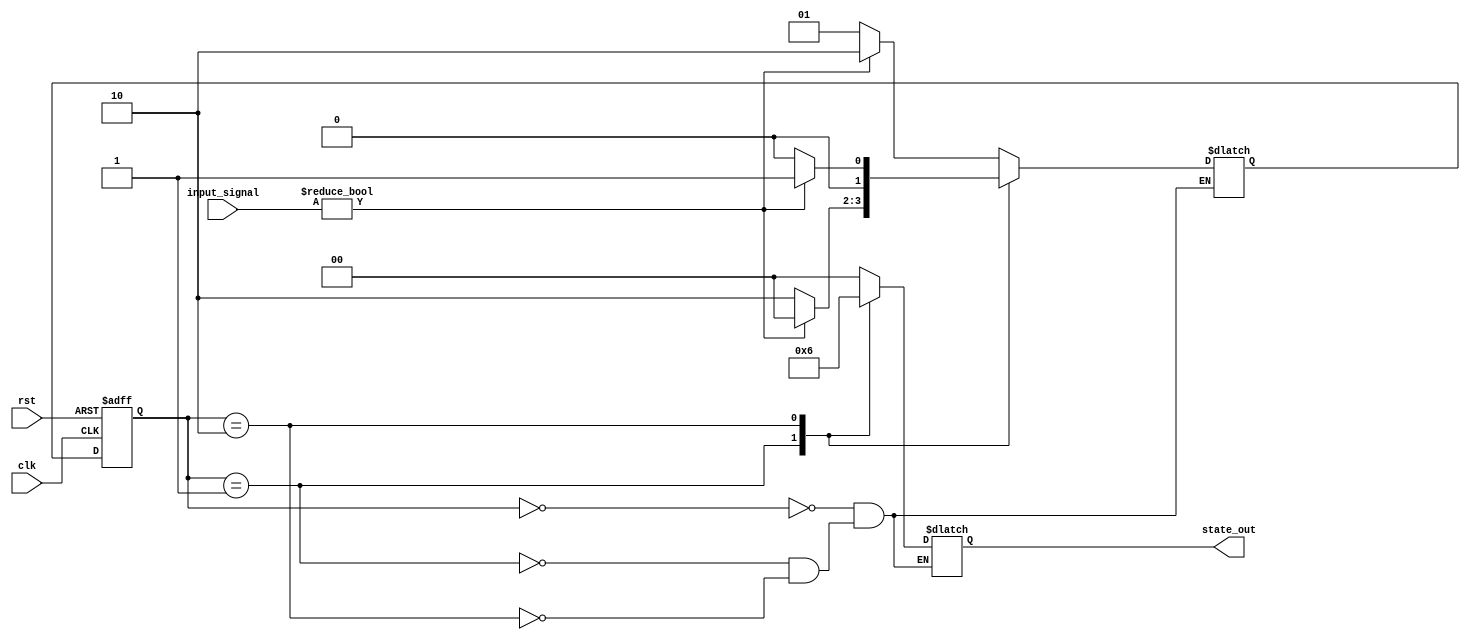
module moore_state_machine(
    input clk, // clock signal
    input rst, // reset signal
    input [1:0] input_signal, //input signal
    output reg [1:0] state_out //output state signal
);

// State declarations
parameter STATE_A = 2'b00;
parameter STATE_B = 2'b01;
parameter STATE_C = 2'b10;

// State register
reg [1:0] current_state, next_state;

// State transition logic
always @ (posedge clk or posedge rst)begin
    if (rst) begin
        current_state <= STATE_A;
    end else begin
        current_state <= next_state;
    end
end

// Output logic
always @* begin
    case (current_state)
        STATE_A: begin
            state_out = 2'b00; //output for state A
            next_state = input_signal ? STATE_C : STATE_B;
        end
        STATE_B: begin
            state_out = 2'b01; //output for state B
            next_state = input_signal ? STATE_A : STATE_C;
        end
        STATE_C: begin
            state_out = 2'b10; //output for state C
            next_state = input_signal ? STATE_B : STATE_A;
        end
    endcase
end

endmodule